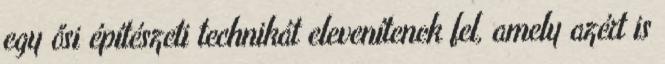
egy ősi építészeti technikát elevenítenek fel, amely azért is